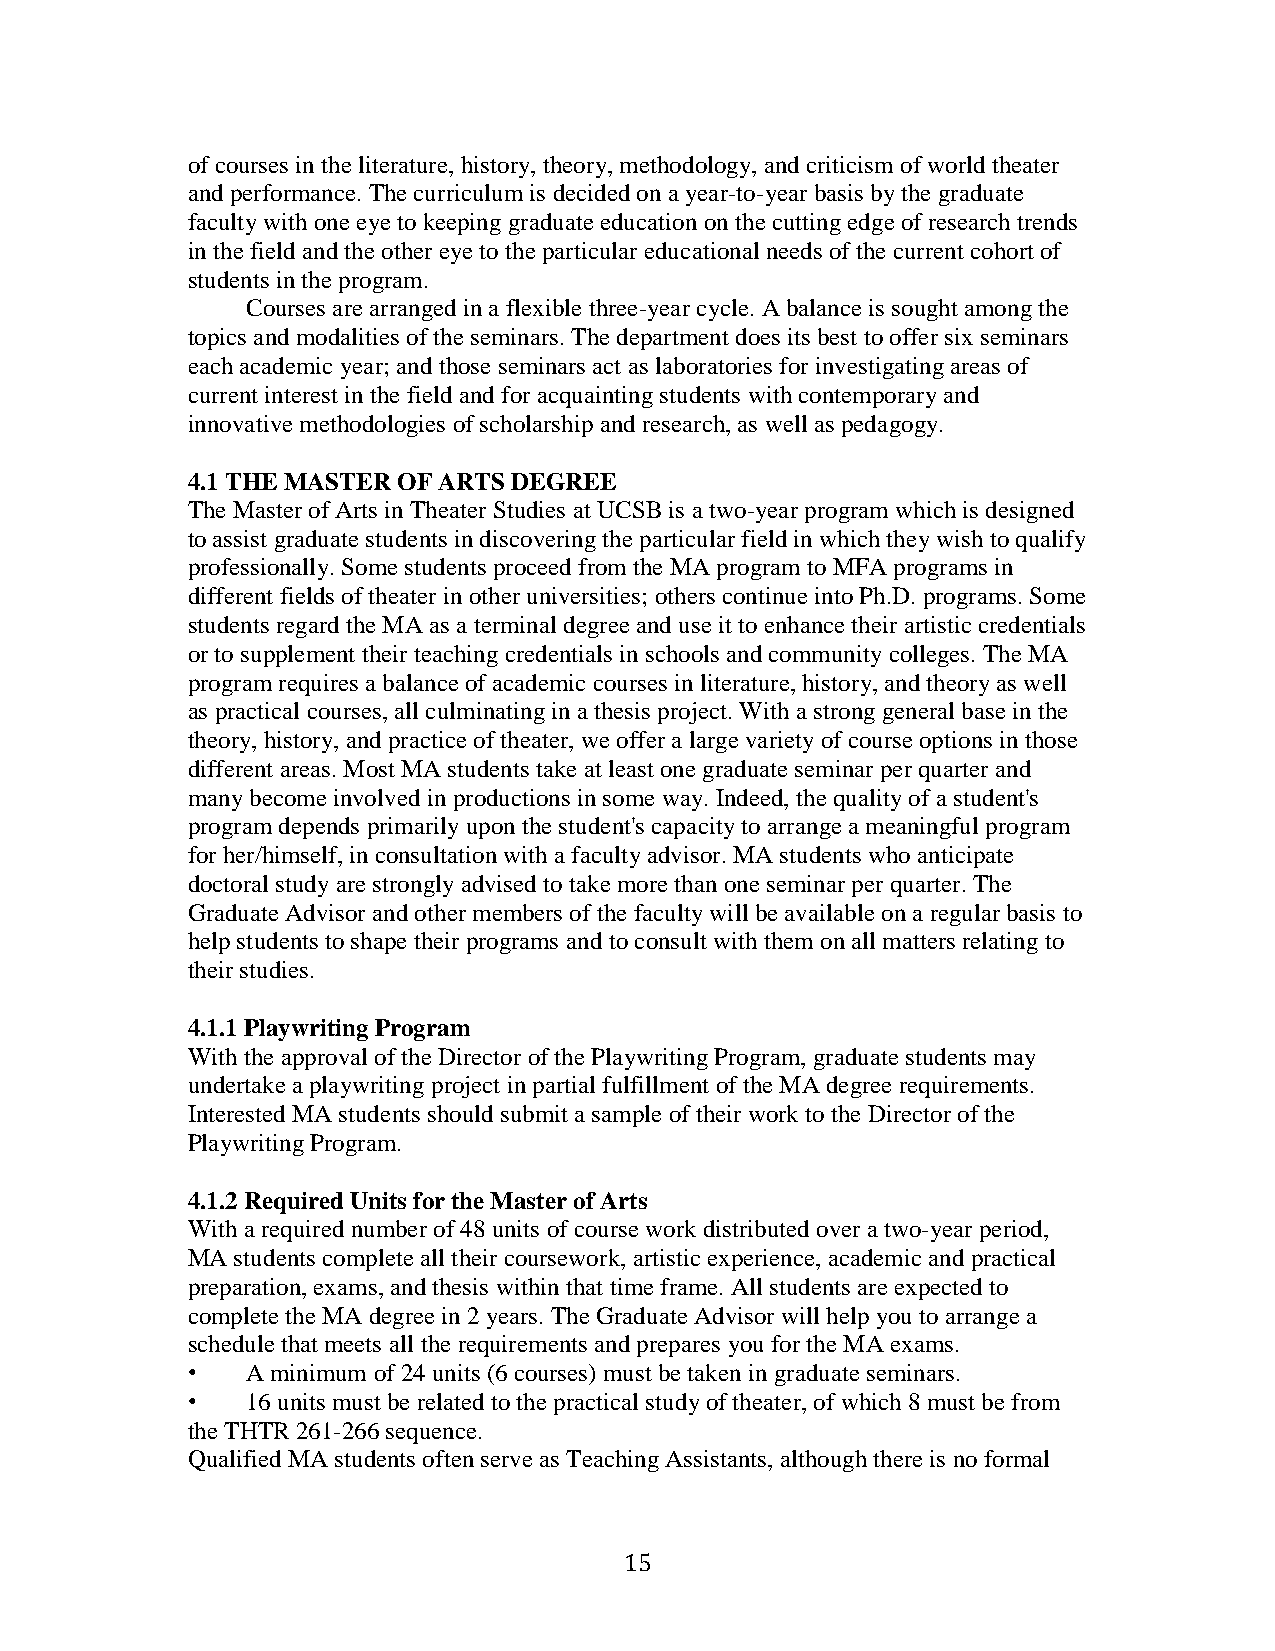
of courses in the literature, history, theory, methodology, and criticism of world theater
 and performance. The curriculum is decided on a year-to-year basis by the graduate
 faculty with one eye to keeping graduate education on the cutting edge of research trends
 in the field and the other eye to the particular educational needs of the current cohort of
 students in the program.
 Courses are arranged in a flexible three-year cycle. A balance is sought among the
 topics and modalities of the seminars. The department does its best to offer six seminars
 each academic year; and those seminars act as laboratories for investigating areas of
 current interest in the field and for acquainting students with contemporary and
 innovative methodologies of scholarship and research, as well as pedagogy.
 4.1 THE MASTER OF ARTS DEGREE
 The Master of Arts in Theater Studies at UCSB is a two-year program which is designed
 to assist graduate students in discovering the particular field in which they wish to qualify
 professionally. Some students proceed from the MA program to MFA programs in
 different fields of theater in other universities; others continue into Ph.D. programs. Some
 students regard the MA as a terminal degree and use it to enhance their artistic credentials
 or to supplement their teaching credentials in schools and community colleges. The MA
 program requires a balance of academic courses in literature, history, and theory as well
 as practical courses, all culminating in a thesis project. With a strong general base in the
 theory, history, and practice of theater, we offer a large variety of course options in those
 different areas. Most MA students take at least one graduate seminar per quarter and
 many become involved in productions in some way. Indeed, the quality of a student's
 program depends primarily upon the student's capacity to arrange a meaningful program
 for her/himself, in consultation with a faculty advisor. MA students who anticipate
 doctoral study are strongly advised to take more than one seminar per quarter. The
 Graduate Advisor and other members of the faculty will be available on a regular basis to
 help students to shape their programs and to consult with them on all matters relating to
 their studies.
 4.1.1 Playwriting Program
 With the approval of the Director of the Playwriting Program, graduate students may
 undertake a playwriting project in partial fulfillment of the MA degree requirements.
 Interested MA students should submit a sample of their work to the Director of the
 Playwriting Program.
 4.1.2 Required Units for the Master of Arts
 With a required number of 48 units of course work distributed over a two-year period,
 MA students complete all their coursework, artistic experience, academic and practical
 preparation, exams, and thesis within that time frame. All students are expected to
 complete the MA degree in 2 years. The Graduate Advisor will help you to arrange a
 schedule that meets all the requirements and prepares you for the MA exams.
 •   A minimum of 24 units (6 courses) must be taken in graduate seminars.
 •   16 units must be related to the practical study of theater, of which 8 must be from
 the THTR 261-266 sequence.
 Qualified MA students often serve as Teaching Assistants, although there is no formal
 15